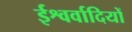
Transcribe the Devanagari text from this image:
ईश्वर्वादियों